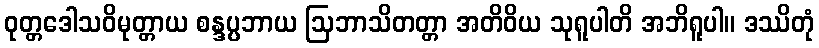
ဝုတ္တဒေါသဝိမုတ္တာယ စန္ဒပ္ပဘာယ ဩဘာသိတတ္တာ အတိဝိယ သုရူပါတိ အဘိရူပါ။ ဒဿိတုံ